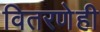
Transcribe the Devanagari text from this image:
वितरणेही